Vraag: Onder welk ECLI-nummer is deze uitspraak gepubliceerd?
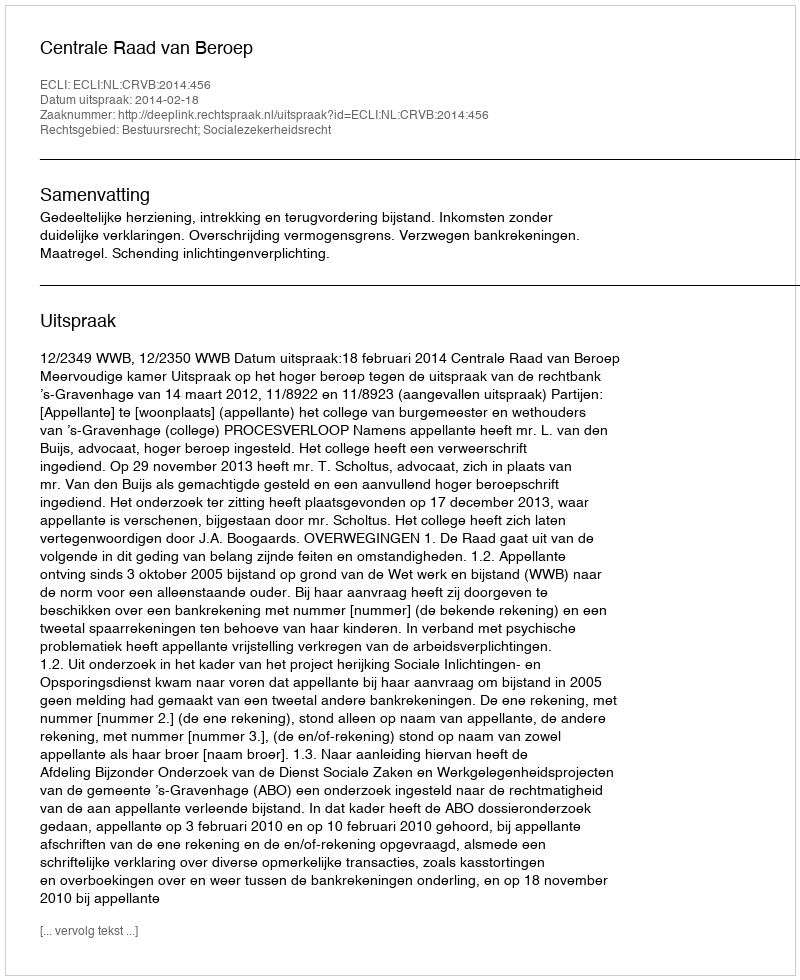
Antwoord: ECLI:NL:CRVB:2014:456